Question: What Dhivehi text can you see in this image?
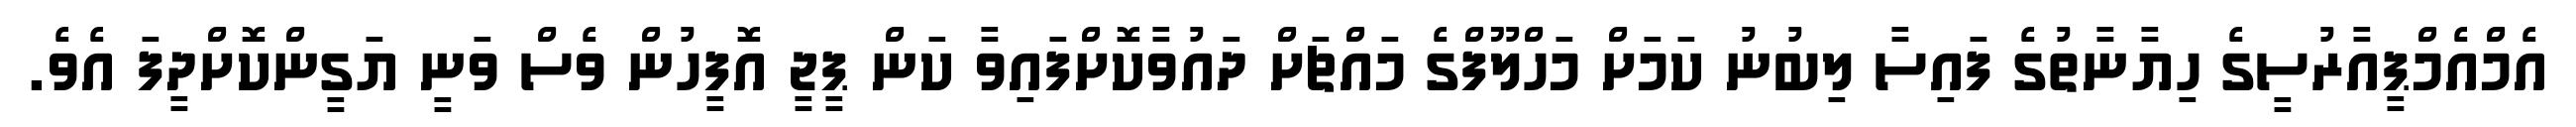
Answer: އެމްއެމްޕީއާރުސީގެ ހިޔާނާތުގެ ފައިސާ ލިބުނު ކަމަށް މަހްލޫފްގެ މައްޗަށް ދައުވާކޮށްފައިވާ ކަން ޕީޖީ އޮފީހުން ވެސް ވަނީ ޔަގީންކޮށްދީފަ އެވެ.